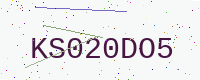
Text: KS020DO5